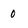
Character: 0